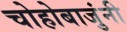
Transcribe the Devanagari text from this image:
चोहोबाजुंनी